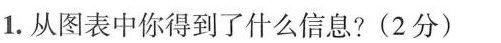
1.从图表中你得到了什么信息?(2分)